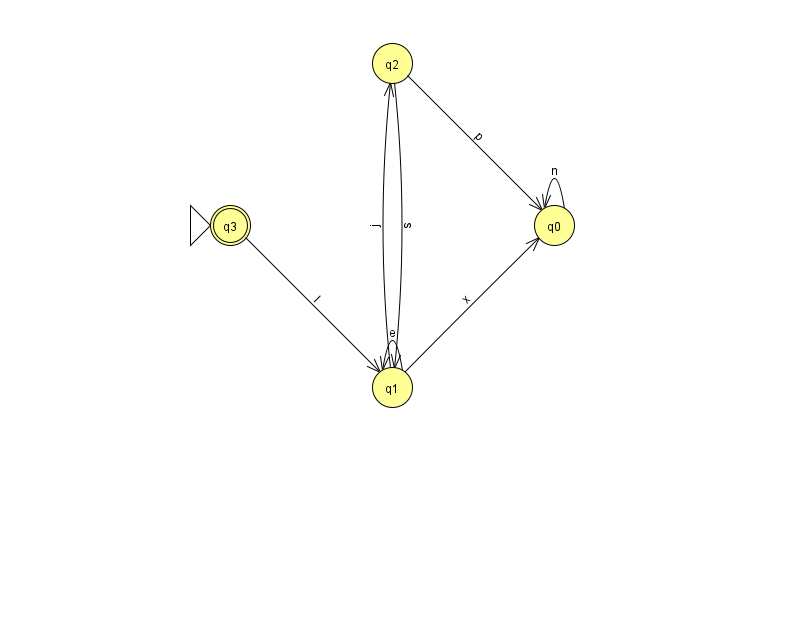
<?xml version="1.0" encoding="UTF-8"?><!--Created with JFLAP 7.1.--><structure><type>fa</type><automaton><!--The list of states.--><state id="0" name="q0"><x>554.0</x><y>212.0</y></state><state id="1" name="q1"><x>392.0</x><y>374.0</y></state><state id="2" name="q2"><x>392.0</x><y>50.0</y></state><state id="3" name="q3"><x>230.0</x><y>212.0</y><initial/><final/></state><!--The list of transitions.--><transition><from>1</from><to>0</to><read>x</read></transition><transition><from>1</from><to>1</to><read>e</read></transition><transition><from>2</from><to>1</to><read>s</read></transition><transition><from>3</from><to>1</to><read>l</read></transition><transition><from>0</from><to>0</to><read>n</read></transition><transition><from>1</from><to>2</to><read>j</read></transition><transition><from>2</from><to>0</to><read>p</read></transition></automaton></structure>